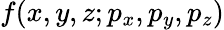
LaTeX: f(x,y,z;p_{x},p_{y},p_{z})